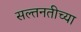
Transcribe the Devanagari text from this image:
सल्तनतीच्या